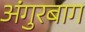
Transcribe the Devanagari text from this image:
अंगुरबाग